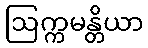
ဩက္ကမန္တိယာ